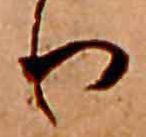
り